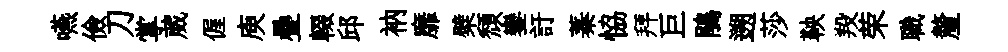
嚥儉刀掌葳偓庾疊輟邱衲靡檗頹鑾訏蓁恊拜巨鵑遡莎鞅羖荣職釐